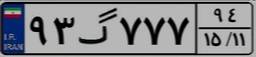
۲۵گ۶۰۰۳۱